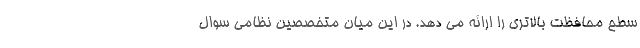
سطح محافظت بالاتری را ارائه می دهد. در این میان متخصصین نظامی سوال